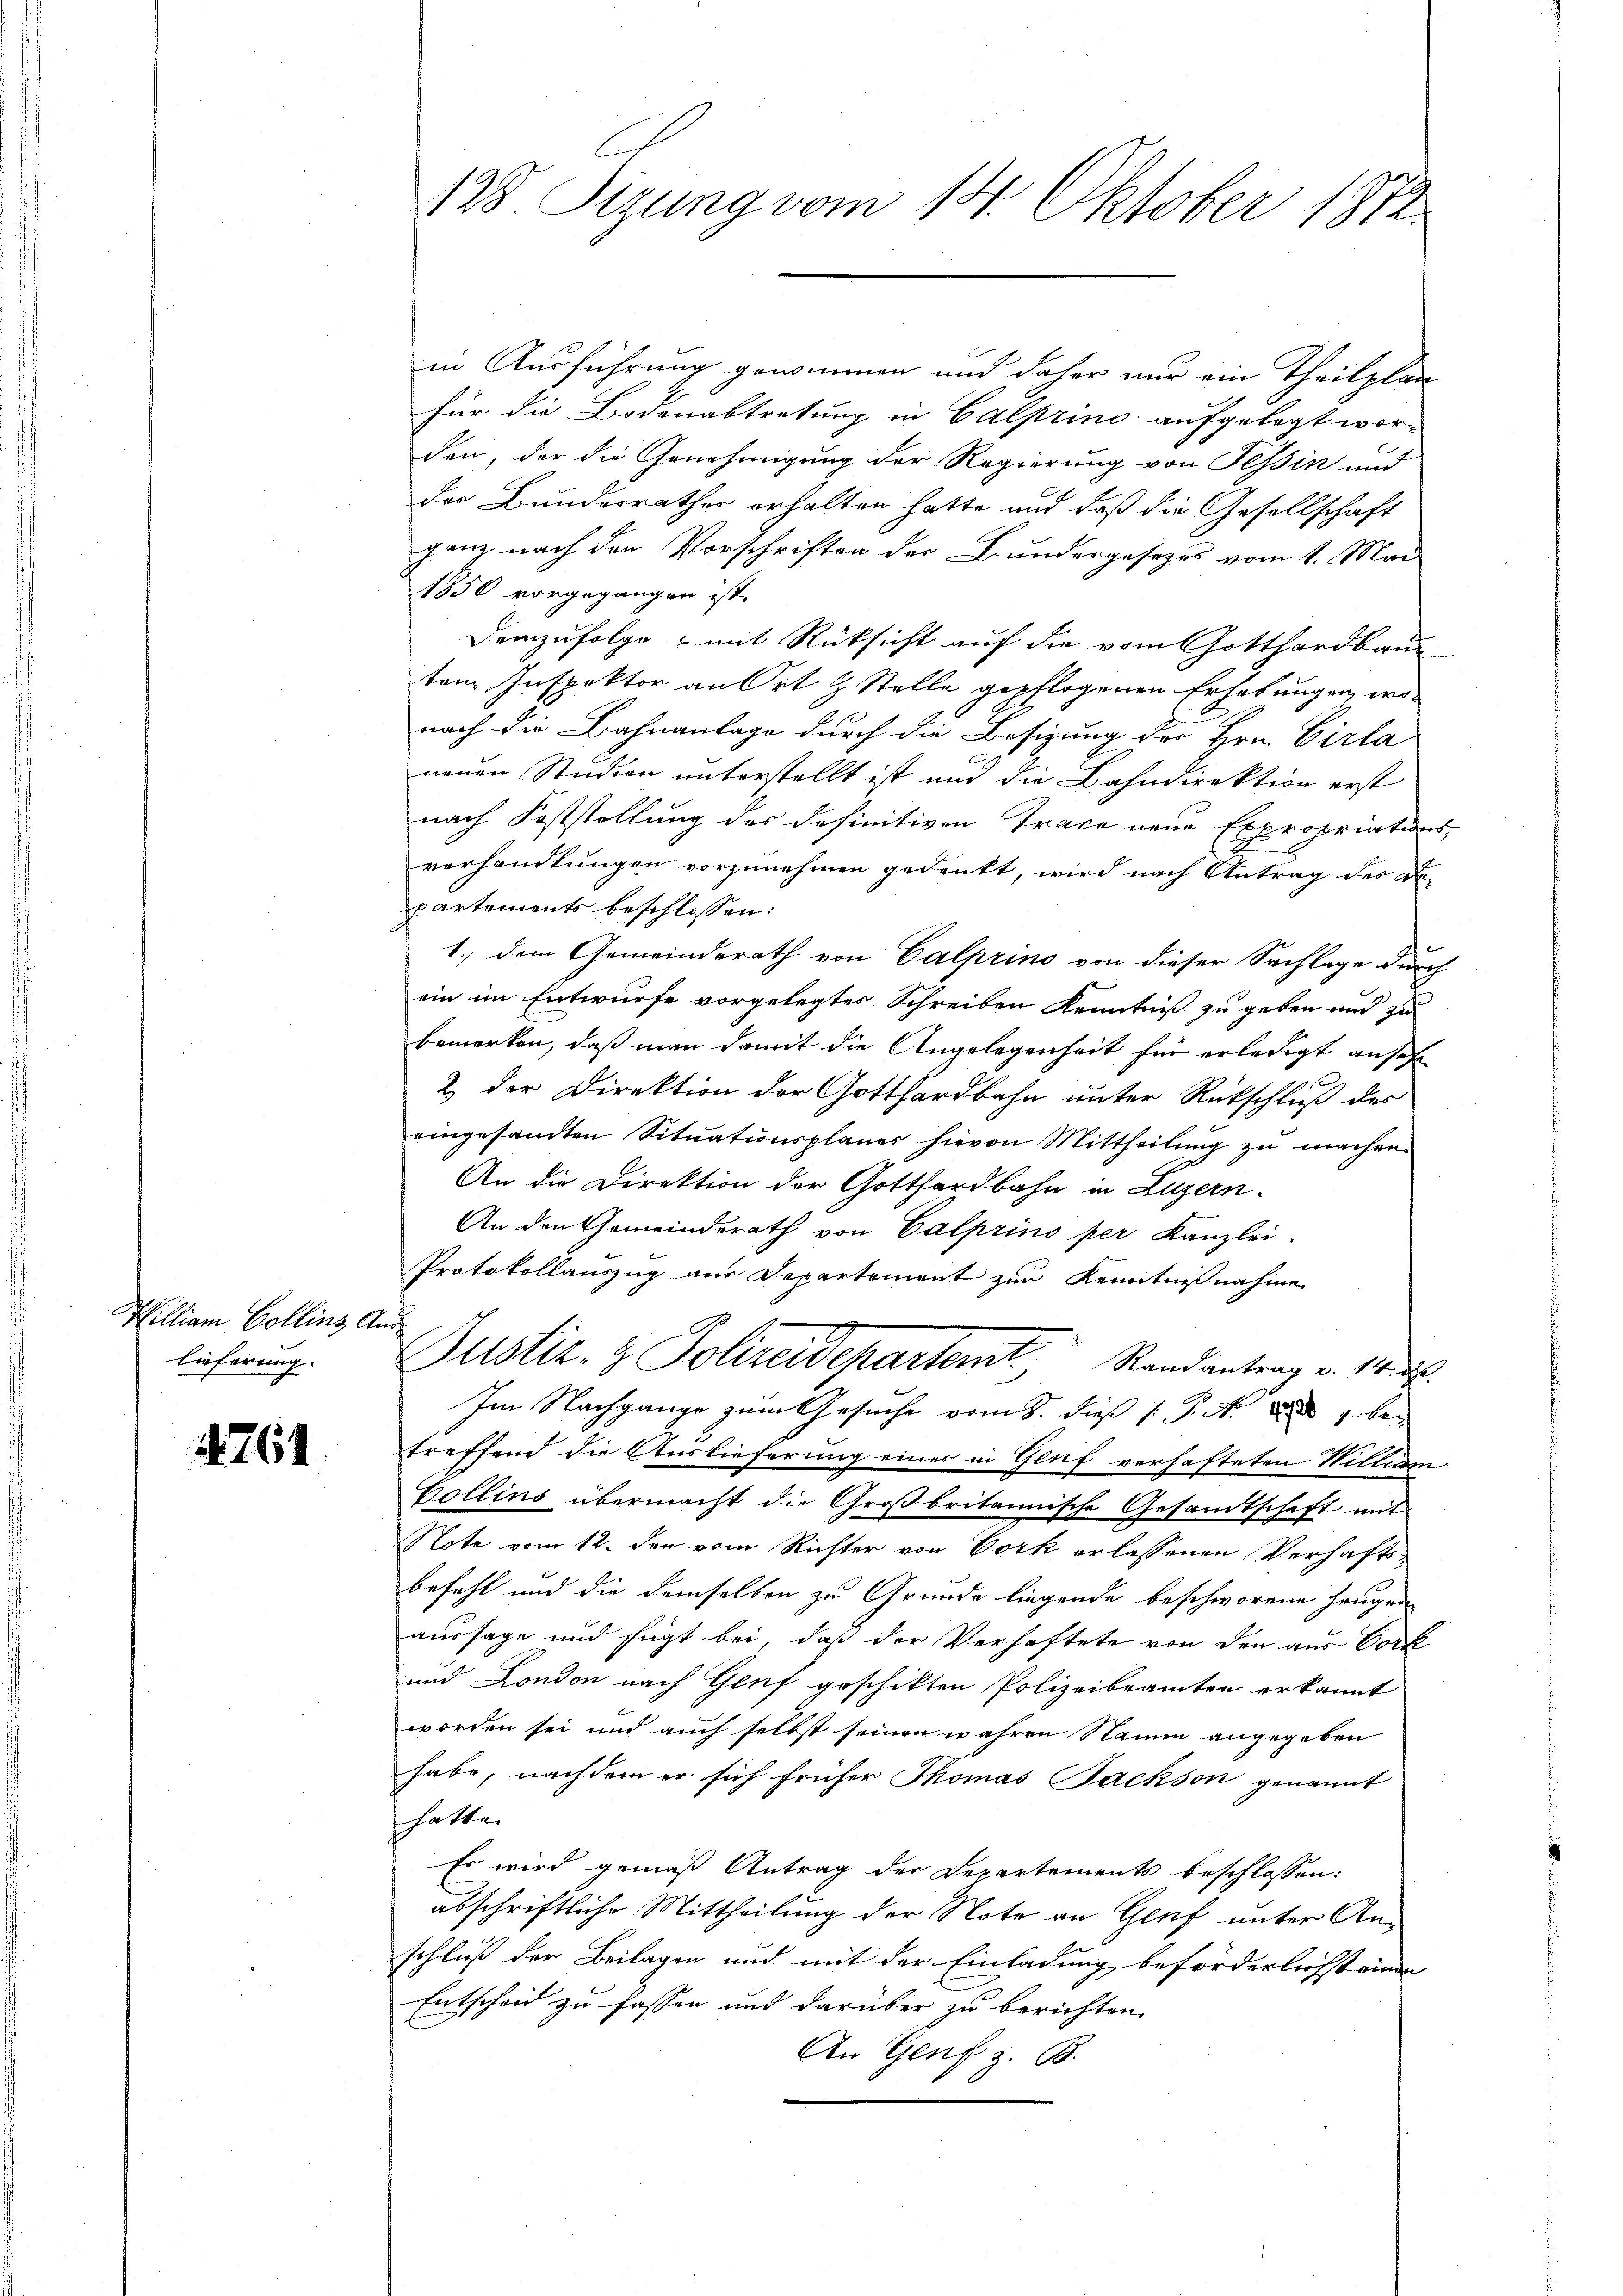
Pilliam Collinz And
lieferung.

1761.

128 Sizung vom 14. Oktober 1872

in Ausführung gewinnen und daher nur ein Theilplan
für die Bodenabtretung in Calprino aufgelegt wor-
den, der die Genehmigung der Regierung von Tessin und
der Bundesrathes erhalten hatte und daß die Gesellschaft
ganz nach den Vorschriften der Bundesgesezes vom 1. Mai
1856 vorgegangen ist.
Demzufolge - mit Rücksicht auf die vom Gotthardbaue
ten Inspektor an Ort & Stelle gepflogenen Erhebungen, wonach die Bahnanlage durch die Besizung der Hrn. Cirla
neuen Studion unterstellt ist und die Bahndirektion erst
nach Feststellung des definitiven Trace neue Expropriations-
verhandlungen vorzunehmen gedenkt, wird nach Antrag des De-
partements beschlossen:
1.) dem Gemeinderath von Calprino von dieser Sachlage durch
ein im Entwurfe vorgelegtes Schreiben Kenntniß zu geben und zu
bemerken, daß man damit die Angelegenheit für erledigt ansehe
2 der Direktion der Gotthardbahn unter Rückschluß der
eingesandten Sitŭationsplanes hievon Mittheilŭng zŭ machen.
An die Direktion der Gotthardbahn in Luzern
An den Gemeinderath von Calprino per Kanzlei-
Protokollauszug aus Departement zur Kenntnißnahme
Justiz- & Polizeidepartemt Randantrag v. Mts.
Im Nachgange zum Gesuche vom 8. dieß P. M. ad 1. bei
treffend die Auslieferung einer in Genf verhafteten Willem
Collins übermacht die Großbritannische Gesandtschaft mit
Note vom 12. den vom Richter von Vork erlassenen Verhafts¬
Befehl und die demselben zu Grunde liegende beschworene Zeugen
aussage und fügt bei, daß der Verhaftete von den aus Vork
und London nach Genf geschikten Polizeibeamten erkannt
worden sei und auch selbst seinen wahren Namen angegeben
habe, nachdem er sich früher Thomas Jackson genannt
hatte.
Es wird gemäß Antrag der Departements beschlossen:
abschriftliche Mittheilung der Note an Genf unter An-
schluß der Beilagen und mit der Einladung beförderlichst einen
Entscheid zu fassen und darüber zu berichten.
An Genf z. B.